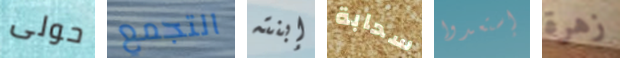
حولى التجمع إبنته سحابة إستعدوا زهرة